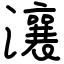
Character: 瀼